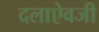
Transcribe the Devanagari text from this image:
दलाऐवजी